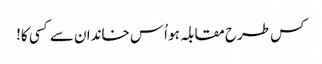
کس طرح مقابلہ ہو اُس خاندان سے کسی کا!